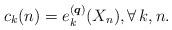
LaTeX: \begin{gather*}c_k(n) = e_k^{({\boldsymbol{q}})}(X_n), \forall \, k,n.\end{gather*}